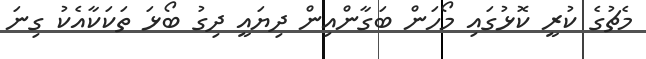
މެޗުގެ ކުރީ ކޮޅުގައި މޯހަން ބަގާންއިން ދިޔައީ ދިގު ބޯޅަ ތަކަކާއެކު ގިނަ